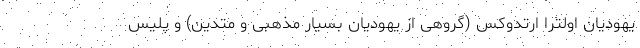
یهودیان اولترا ارتدوکس (گروهی از یهودیان بسیار مذهبی و متدین) و پلیس